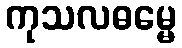
ကုသလဓမ္မေ